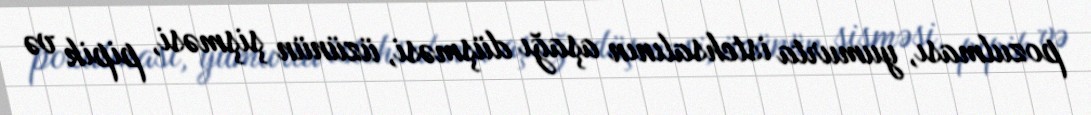
pozulması, yumurta istehsalının aşağı düşməsi, üzünün şişməsi, pipik və